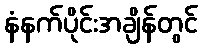
နံနက်ပိုင်းအချိန်တွင်